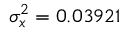
\sigma _ { x } ^ { 2 } = 0 . 0 3 9 2 1